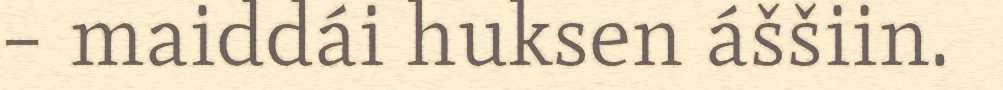
– maiddái huksen áššiin.